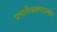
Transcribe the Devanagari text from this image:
प्रभारीअहमदाबाद